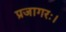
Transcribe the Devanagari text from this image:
प्रजागरः।